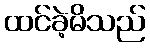
ထင်ခဲ့မိသည်